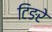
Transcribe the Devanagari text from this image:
टिङरे